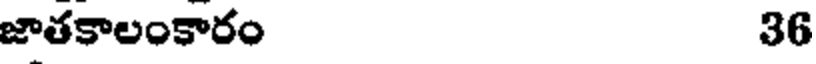
జాతకాలంకారం 36